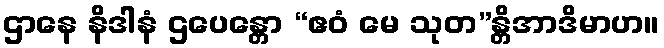
ဌာနေ နိဒါနံ ဌပေန္တော “ဧဝံ မေ သုတ”န္တိအာဒိမာဟ။